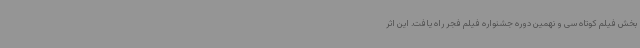
بخش فیلم کوتاه سی و نهمین دوره جشنواره فیلم فجر راه یافت. این اثر